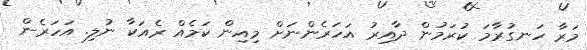
މަރާ ހަނގުރާމަ ކުރަމުން ދާއިރު އަހަރެންނަށް މިއިން ކަމެއް ރެއަކާ ނުލި. އަހަރެން